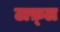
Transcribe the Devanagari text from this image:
टाफ़्ल